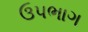
ઉપભાગ